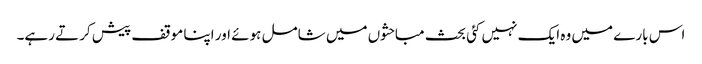
اس بارے میں وہ ایک نہیں کئی بحث مباحثوں میں شامل ہوئے اور اپنا موقف پیش کرتے رہے۔